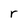
Character: r